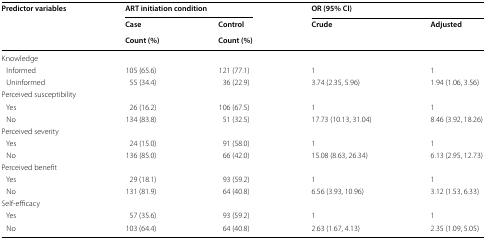
| <ROWSPAN=3> Predictor variables | <COLSPAN=2> ART initiation condition | <COLSPAN=2> OR (95% CI) |
 | Case | Control | <ROWSPAN=2> Crude | <ROWSPAN=2> Adjusted |
 | Count (%) | Count (%) |
 | --- | --- | --- | --- | --- |
 | <COLSPAN=5> Knowledge |
 | Informed | 105 (65.6) | 121 (77.1) | 1 | 1 |
 | Uninformed | 55 (34.4) | 36 (22.9) | 3.74 (2.35, 5.96) | 1.94 (1.06, 3.56) |
 | <COLSPAN=5> Perceived susceptibility |
 | Yes | 26 (16.2) | 106 (67.5) | 1 | 1 |
 | No | 134 (83.8) | 51 (32.5) | 17.73 (10.13, 31.04) | 8.46 (3.92, 18.26) |
 | <COLSPAN=5> Perceived severity |
 | Yes | 24 (15.0) | 91 (58.0) | 1 | 1 |
 | No | 136 (85.0) | 66 (42.0) | 15.08 (8.63, 26.34) | 6.13 (2.95, 12.73) |
 | <COLSPAN=5> Perceived benefit |
 | Yes | 29 (18.1) | 93 (59.2) | 1 | 1 |
 | No | 131 (81.9) | 64 (40.8) | 6.56 (3.93, 10.96) | 3.12 (1.53, 6.33) |
 | <COLSPAN=5> Self-efficacy |
 | Yes | 57 (35.6) | 93 (59.2) | 1 | 1 |
 | No | 103 (64.4) | 64 (40.8) | 2.63 (1.67, 4.13) | 2.35 (1.09, 5.05) |